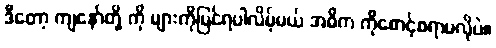
ဒီတော့ ကျနော်တို့ ကို များကိုမြင်ရပါလိမ့်မယ် အဓိက ကိုစောင့်စရာမလိုပဲ။